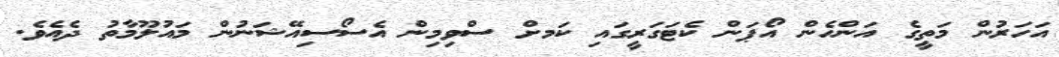
އަހަރުން މަތީގެ އަންހެން އޯޕަން ކެޓަގަރީގައި ކަަމށް ސްވިމިން އެސޯސިއޭޝަނުން މައުލޫމާތު ދެއެވެ.